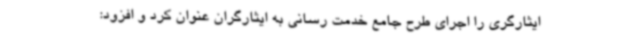
ایثارگری را اجرای طرح جامع خدمت رسانی به ایثارگران عنوان کرد و افزود: